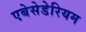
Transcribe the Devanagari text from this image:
एबेसेडेरियम